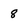
Character: 8